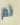
ثم